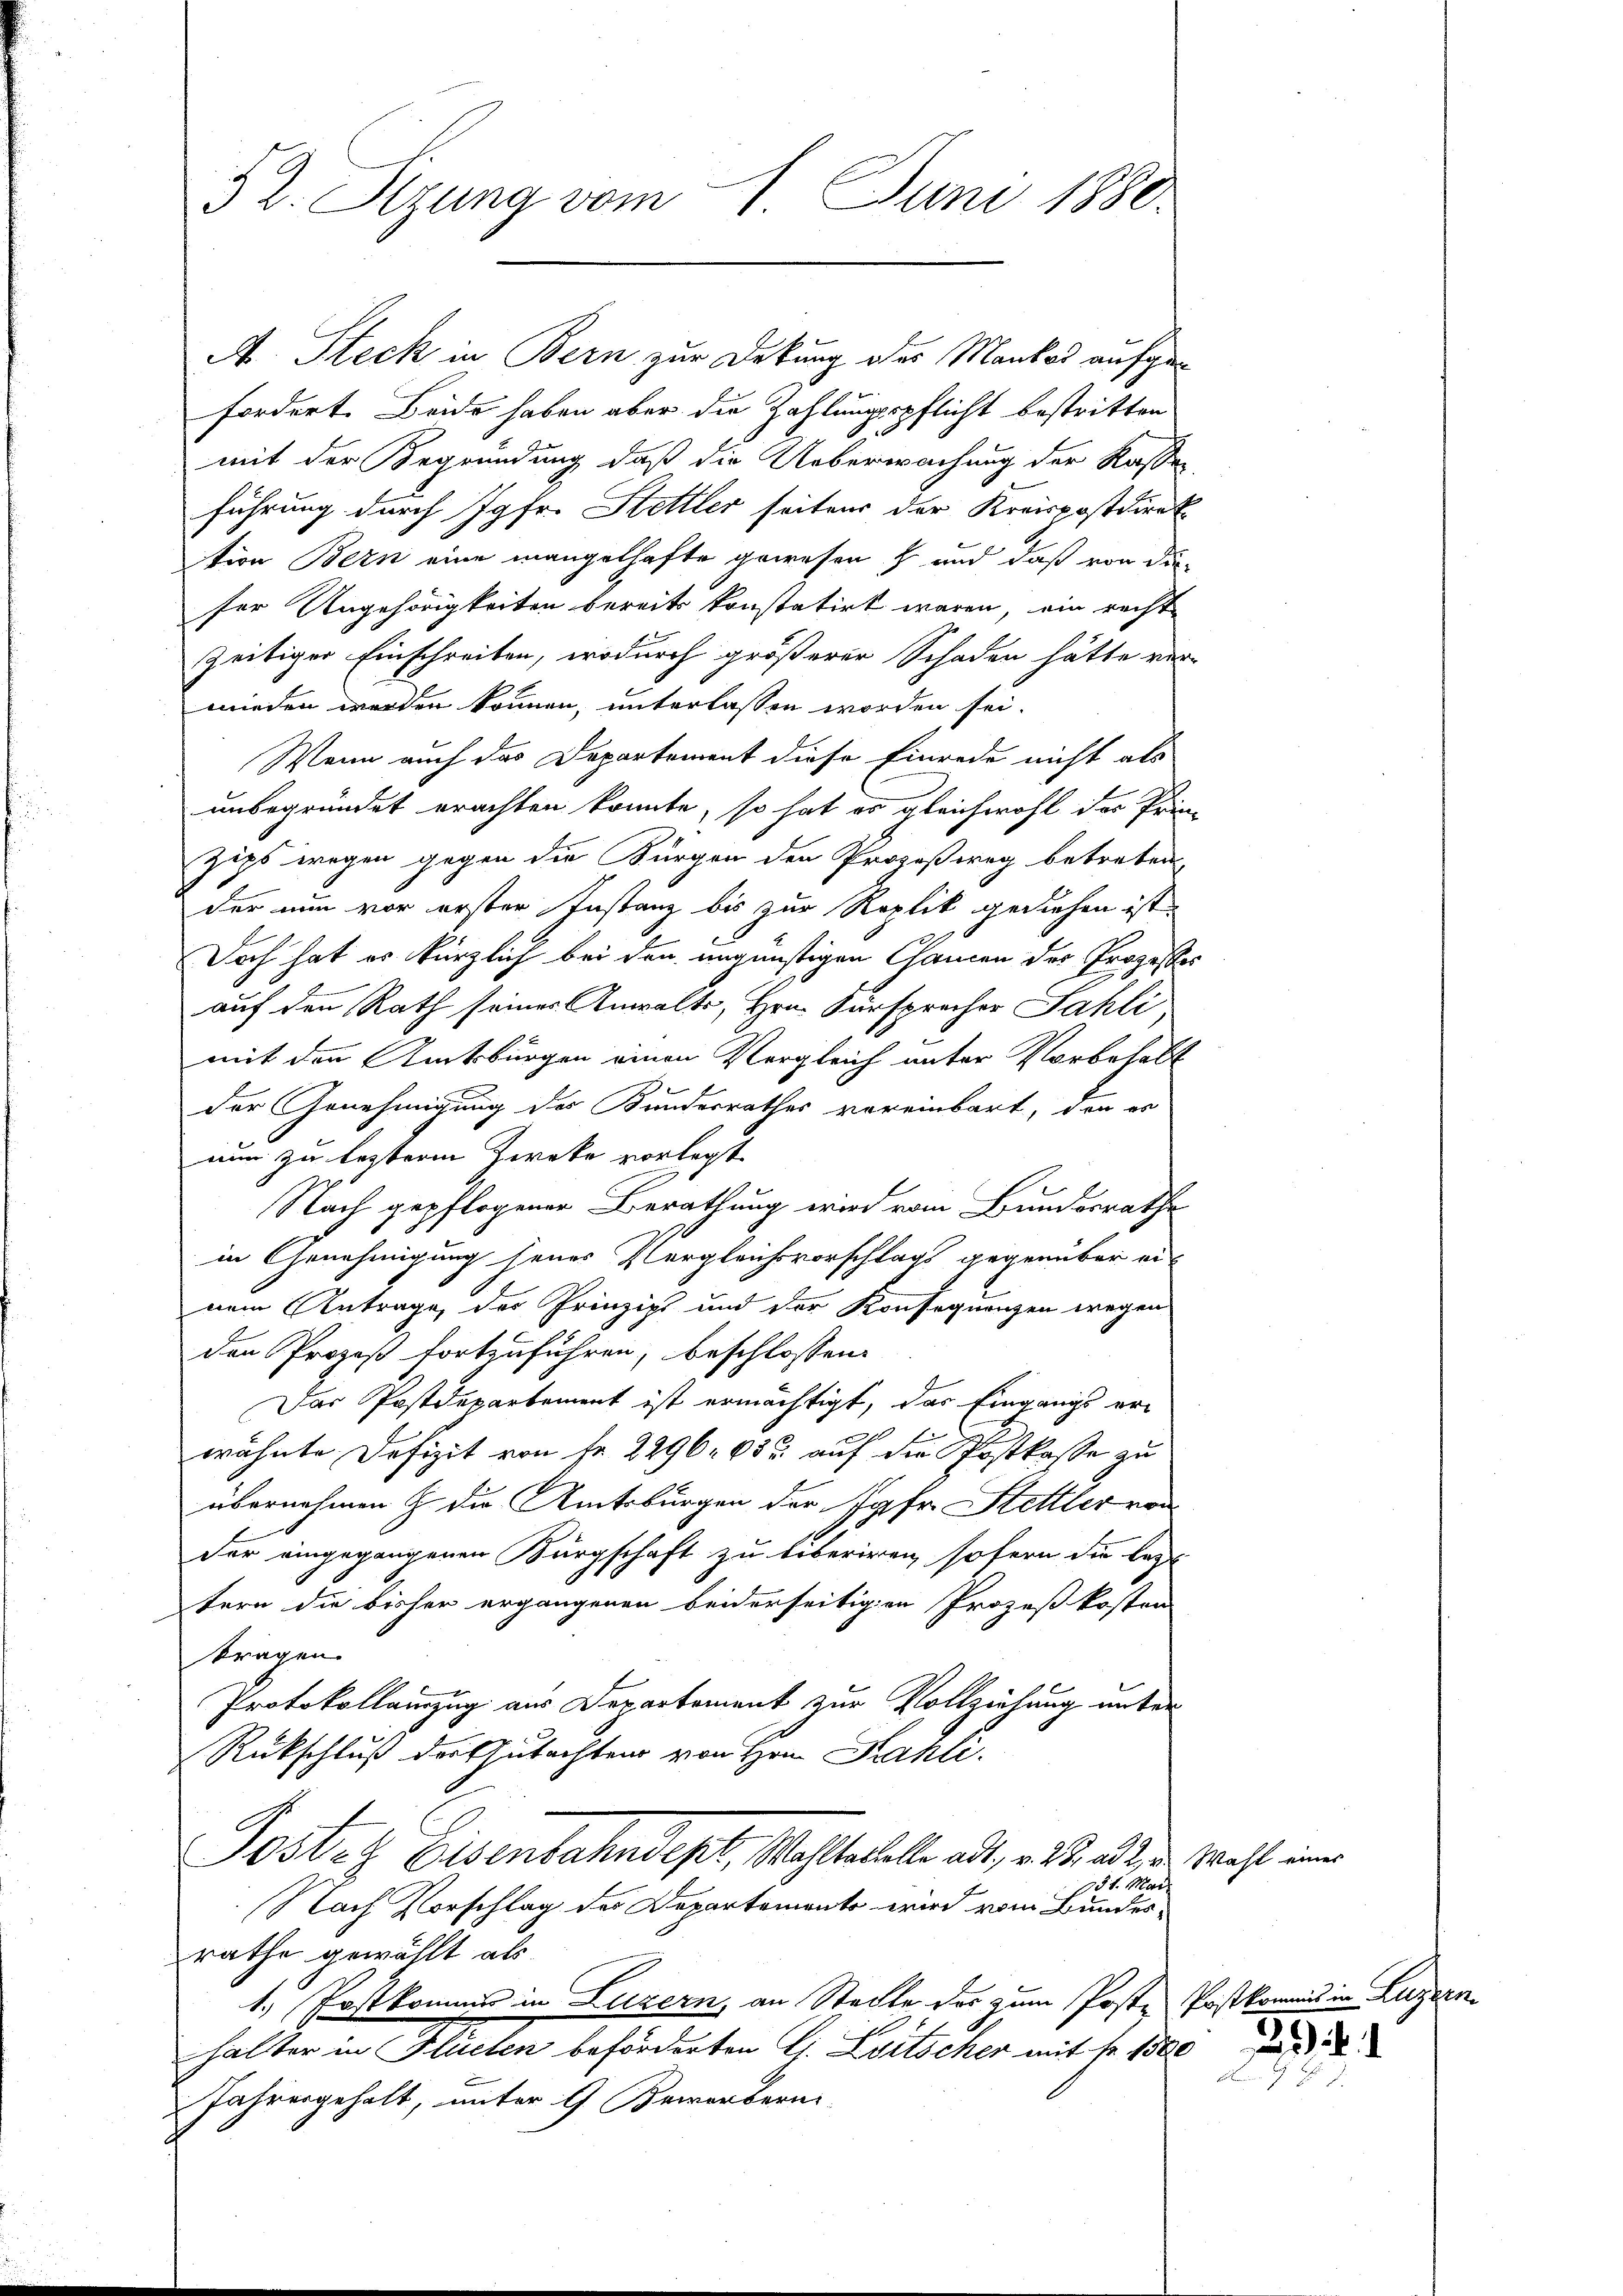
52. Sizung vom 1. Juni 1880.

A. Steck in Bern zur Deckung oder Mankod aufgefordert. Beide haben aber die Zahlungspflicht bestritten
mit der Begründung, daß die Ueberwachung der Kassen,
führung durch Jgfr. Stettler seitens der Kreispostdirek
tion Bern eine mangelhafte gewesen & und daß von die
ser Angehörigkeiten bereits konstatirt waren, ein recht
zeitiger Einschreiben, wodurch größerer Schaden hätte ver-
wieden werden können, unterlassen worden sei.
Wenn auch das Departement diese Einrede nicht als
unbegründet erachten konnte, so hat es gleichwohl der Prin-
zips wegen gegen die Bürgen den Prozeßweg betreten
der nun vor erster Instanz bis zur Roplik gediehen ist.
Doch hat es kürzlich bei den ungünstigen Chancen der Prozesser
auf den Rath seines Anwalts, Hrn. Fürsprecher Sahli
mit den Amtsbürgen einen Vergleich unter Vorbehalt
der Genehmigung des Bundesrathes voreinbart, der er
nun zu leztere Zwecke vorlegt.
Nach gepflogener Berathung wird vom Bundesrathe
in Genehmigung jenes Vergleichsvorschlags gegenüber einem Antrage der Prinzips und der Konsequenzen wegen
den Prozeß fortzuführen, beschlossen:
Das Postdepartement ist ermächtigt, das Eingangs erwähnte Defizit von Fr. 2296. 632. auf die Postkasse zu
übernahmen & die Amtsburgen der Jgfr. Hettler von
der eingegangenen Bürgschaft zu liberiren, sofern die Last
tern die bisher ergangenen beiderseitigen Prozeßkosten
tragen.
Protokollamzug aus Departement zur Vollziehung unter
Rückschluß der Gutachten von Hrn. Pauli.
Posten Eisenbahndept, Wahltestelle adt, z. B. a. 2 u. Meist einer
13t. Mai.
Nach Vorschlag der Departemento wird vom Bundes-
rathe gewählt als
1. Postkomme in Luzern, an Stadte des zum Poste Postka
halter in Flüelen beförderten G. Zeitscher mit fr. 1500
Jahresgehalt, unter 9 Bewerbern

)
B

Lapfen